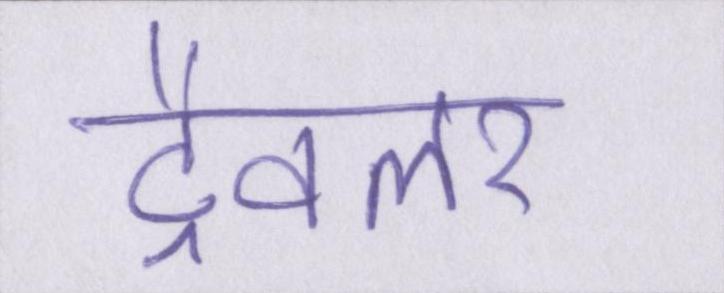
ट्रैवलर